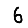
Digit: 6